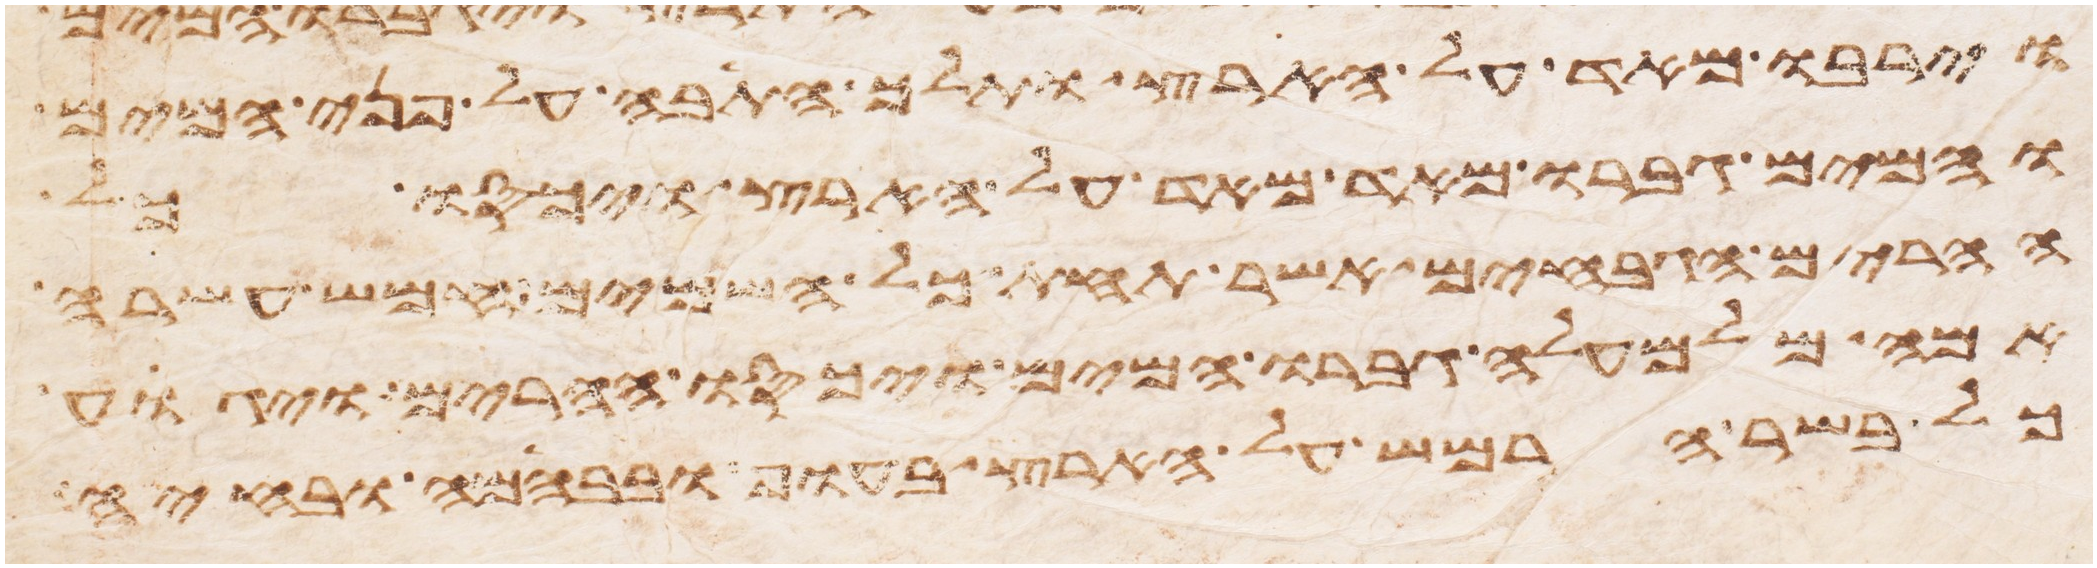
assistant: וירבו מאד על הארץ ותלך התבה על פני המים
והמים גברו מאד מאד על הארץ ויכסו כל
ההרים הגבחים אשר תחת כל השמים חמש עשרה
אמה מלמעלה גברו המים ויכסו ההרים ויגוע
כל בשר הרמש על הארץ בעוף ובבהמה ובחיה